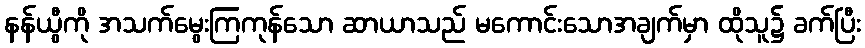
နန်ယွီကို အသက်မွေးကြကုန်သော ဆာယာသည် မကောင်းသောအချက်မှာ ထိုသူ၌ ခက်ပြီး